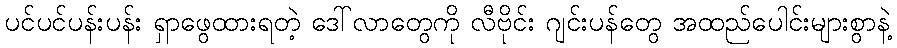
ပင်ပင်ပန်းပန်း ရှာဖွေထားရတဲ့ ဒေါ်လာတွေကို လီဗိုင်း ဂျင်းပန်တွေ အထည်ပေါင်းများစွာနဲ့